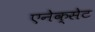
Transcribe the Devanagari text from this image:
एनेक्सेट